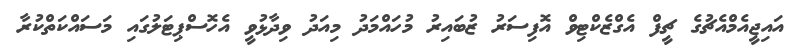
އައިޖީއެމްއެޗުގެ ޗީފް އެގްޒެކްޓިވް އޮފިސަރު ޒުބައިރު މުހައްމަދު މިއަދު ވިދާޅުވީ އެހޮސްޕިޓަލުގައި މަސައްކަތްކުރާ